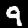
Digit: 9